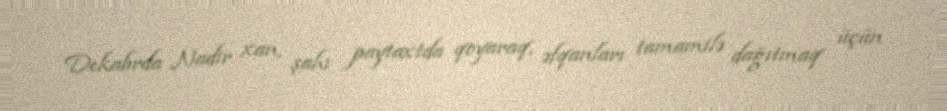
Dekabrda Nadir xan, şahı paytaxtda qoyaraq, əfqanları tamamilə dağıtmaq üçün